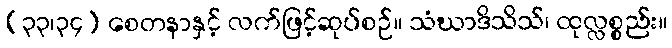
(၃၃၊၃၄) စေတနာနှင့် လက်ဖြင့်ဆုပ်စဉ်။ သံဃာဒိသိသ်၊ ထုလ္လစ္စည်း။